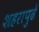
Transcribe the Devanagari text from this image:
शहरापुढे